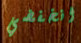
انخفضي